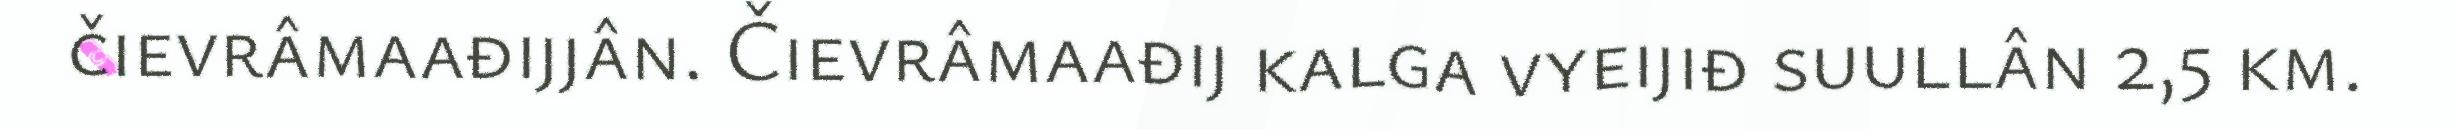
čievrâmaađijjân. Čievrâmaađij kalga vyeijiđ suullân 2,5 km.